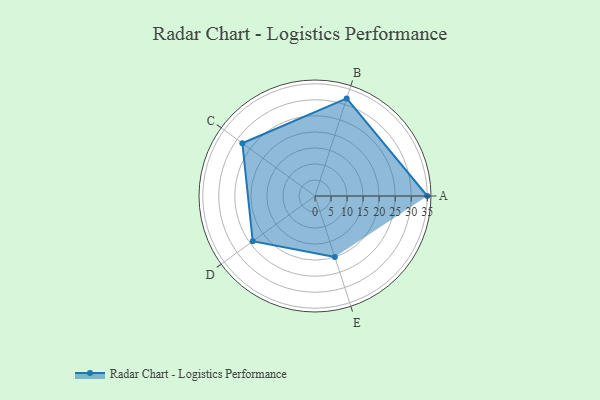
{"axis": {"x": "Skill", "y": "Score"}, "legend": ["Profile"], "data": [{"x": "A", "y": 35.0, "type": "Profile"}, {"x": "B", "y": 32.0, "type": "Profile"}, {"x": "C", "y": 28.0, "type": "Profile"}, {"x": "D", "y": 24.0, "type": "Profile"}, {"x": "E", "y": 20.0, "type": "Profile"}]}